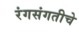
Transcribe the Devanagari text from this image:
रंगसंगतीचे